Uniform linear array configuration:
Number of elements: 64
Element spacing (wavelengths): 0.25
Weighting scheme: binomial
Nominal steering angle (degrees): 15
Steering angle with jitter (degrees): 14.234
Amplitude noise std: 0.05
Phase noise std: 0.05

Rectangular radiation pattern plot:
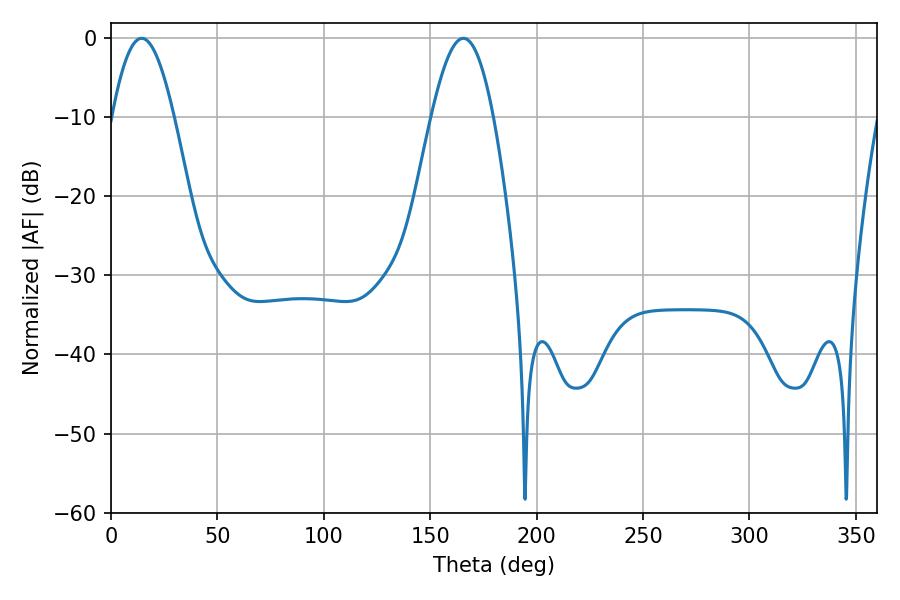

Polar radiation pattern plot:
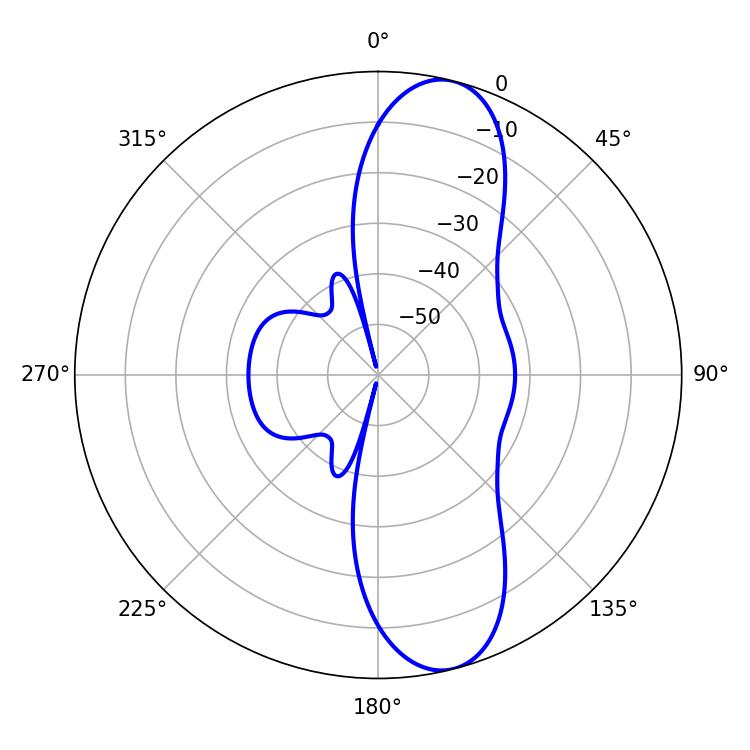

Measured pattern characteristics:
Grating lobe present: FALSE
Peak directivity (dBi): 11.17
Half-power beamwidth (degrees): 15.84
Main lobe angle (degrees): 14.4